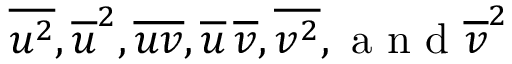
\overline { { { u ^ { 2 } } } } , \overline { { { u } } } ^ { 2 } , \overline { { { u v } } } , \overline { { { u } } } \, \overline { { { v } } } , \overline { { { v ^ { 2 } } } } , \mathrm { ~ a ~ n ~ d ~ } \overline { { { v } } } ^ { 2 }